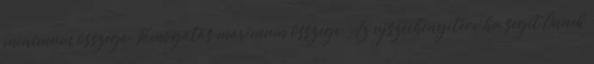
minimum összege: Támogatás maximum összege: Az ujszechenyiterv.hu segít Önnek